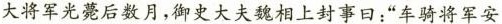
大将军光薨后数月，御史大夫魏相上封事日：”车骑将军安